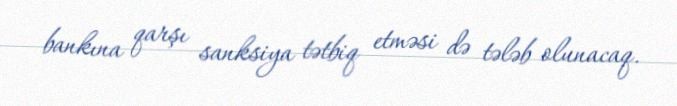
bankına qarşı sanksiya tətbiq etməsi də tələb olunacaq.